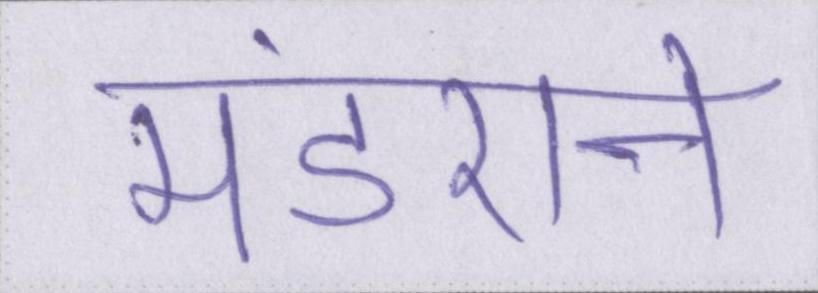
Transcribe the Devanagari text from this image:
मंडराने